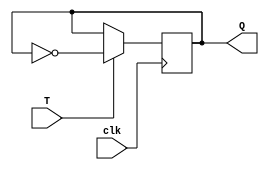
module TFF(
    input T,
    input clk,
    output reg Q
);

always @(posedge clk) begin
    if (T == 1'b1)
        Q <= ~Q;
end

endmodule